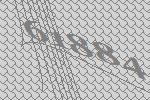
61884